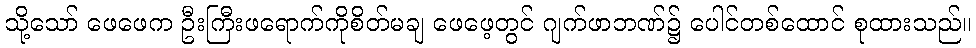
သို့သော် ဖေဖေက ဦးကြီးဖရောက်ကိုစိတ်မချ ဖေဖေ့တွင် ဂျက်ဖာဘဏ်၌ ပေါင်တစ်ထောင် စုထားသည်။